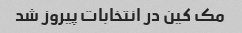
مک کین در انتخابات پیروز شد